画像に写った文字を読んでください
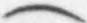
「(」と書いてあります